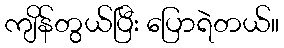
ကျိန်တွယ်ပြီး ပြောရဲတယ်။